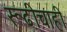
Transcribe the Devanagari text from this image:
रूढीचाही